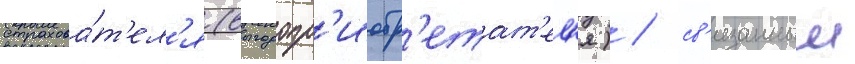
страхова́т'ел'я (выгодопр'иобр'етат'ел'я) / св'язанныи